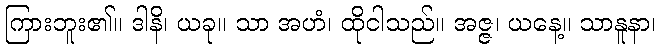
ကြားဘူး၏။ ဒါနိ၊ ယခု။ သာ အဟံ၊ ထိုငါသည်။ အဇ္ဇ၊ ယနေ့။ သာနူနာ၊